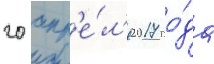
20 апр'е́л'я 2017 го́да